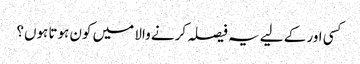
کسی اور کے لیے یہ فیصلہ کرنے والا میں کون ہوتا ہوں؟